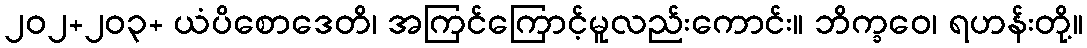
၂၀၂+၂၀၃+ ယံပိစောဒေတိ၊ အကြင်ကြောင့်မူလည်းကောင်း။ ဘိက္ခဝေ၊ ရဟန်းတို့။